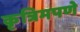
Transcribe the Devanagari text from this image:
कृत्रिमपणे